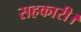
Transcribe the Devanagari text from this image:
सहकारी।